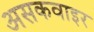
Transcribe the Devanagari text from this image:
असकवाइर